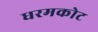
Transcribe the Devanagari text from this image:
धरमकोट